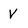
Character: V